Heimtali_vallavalitsus, lk 34
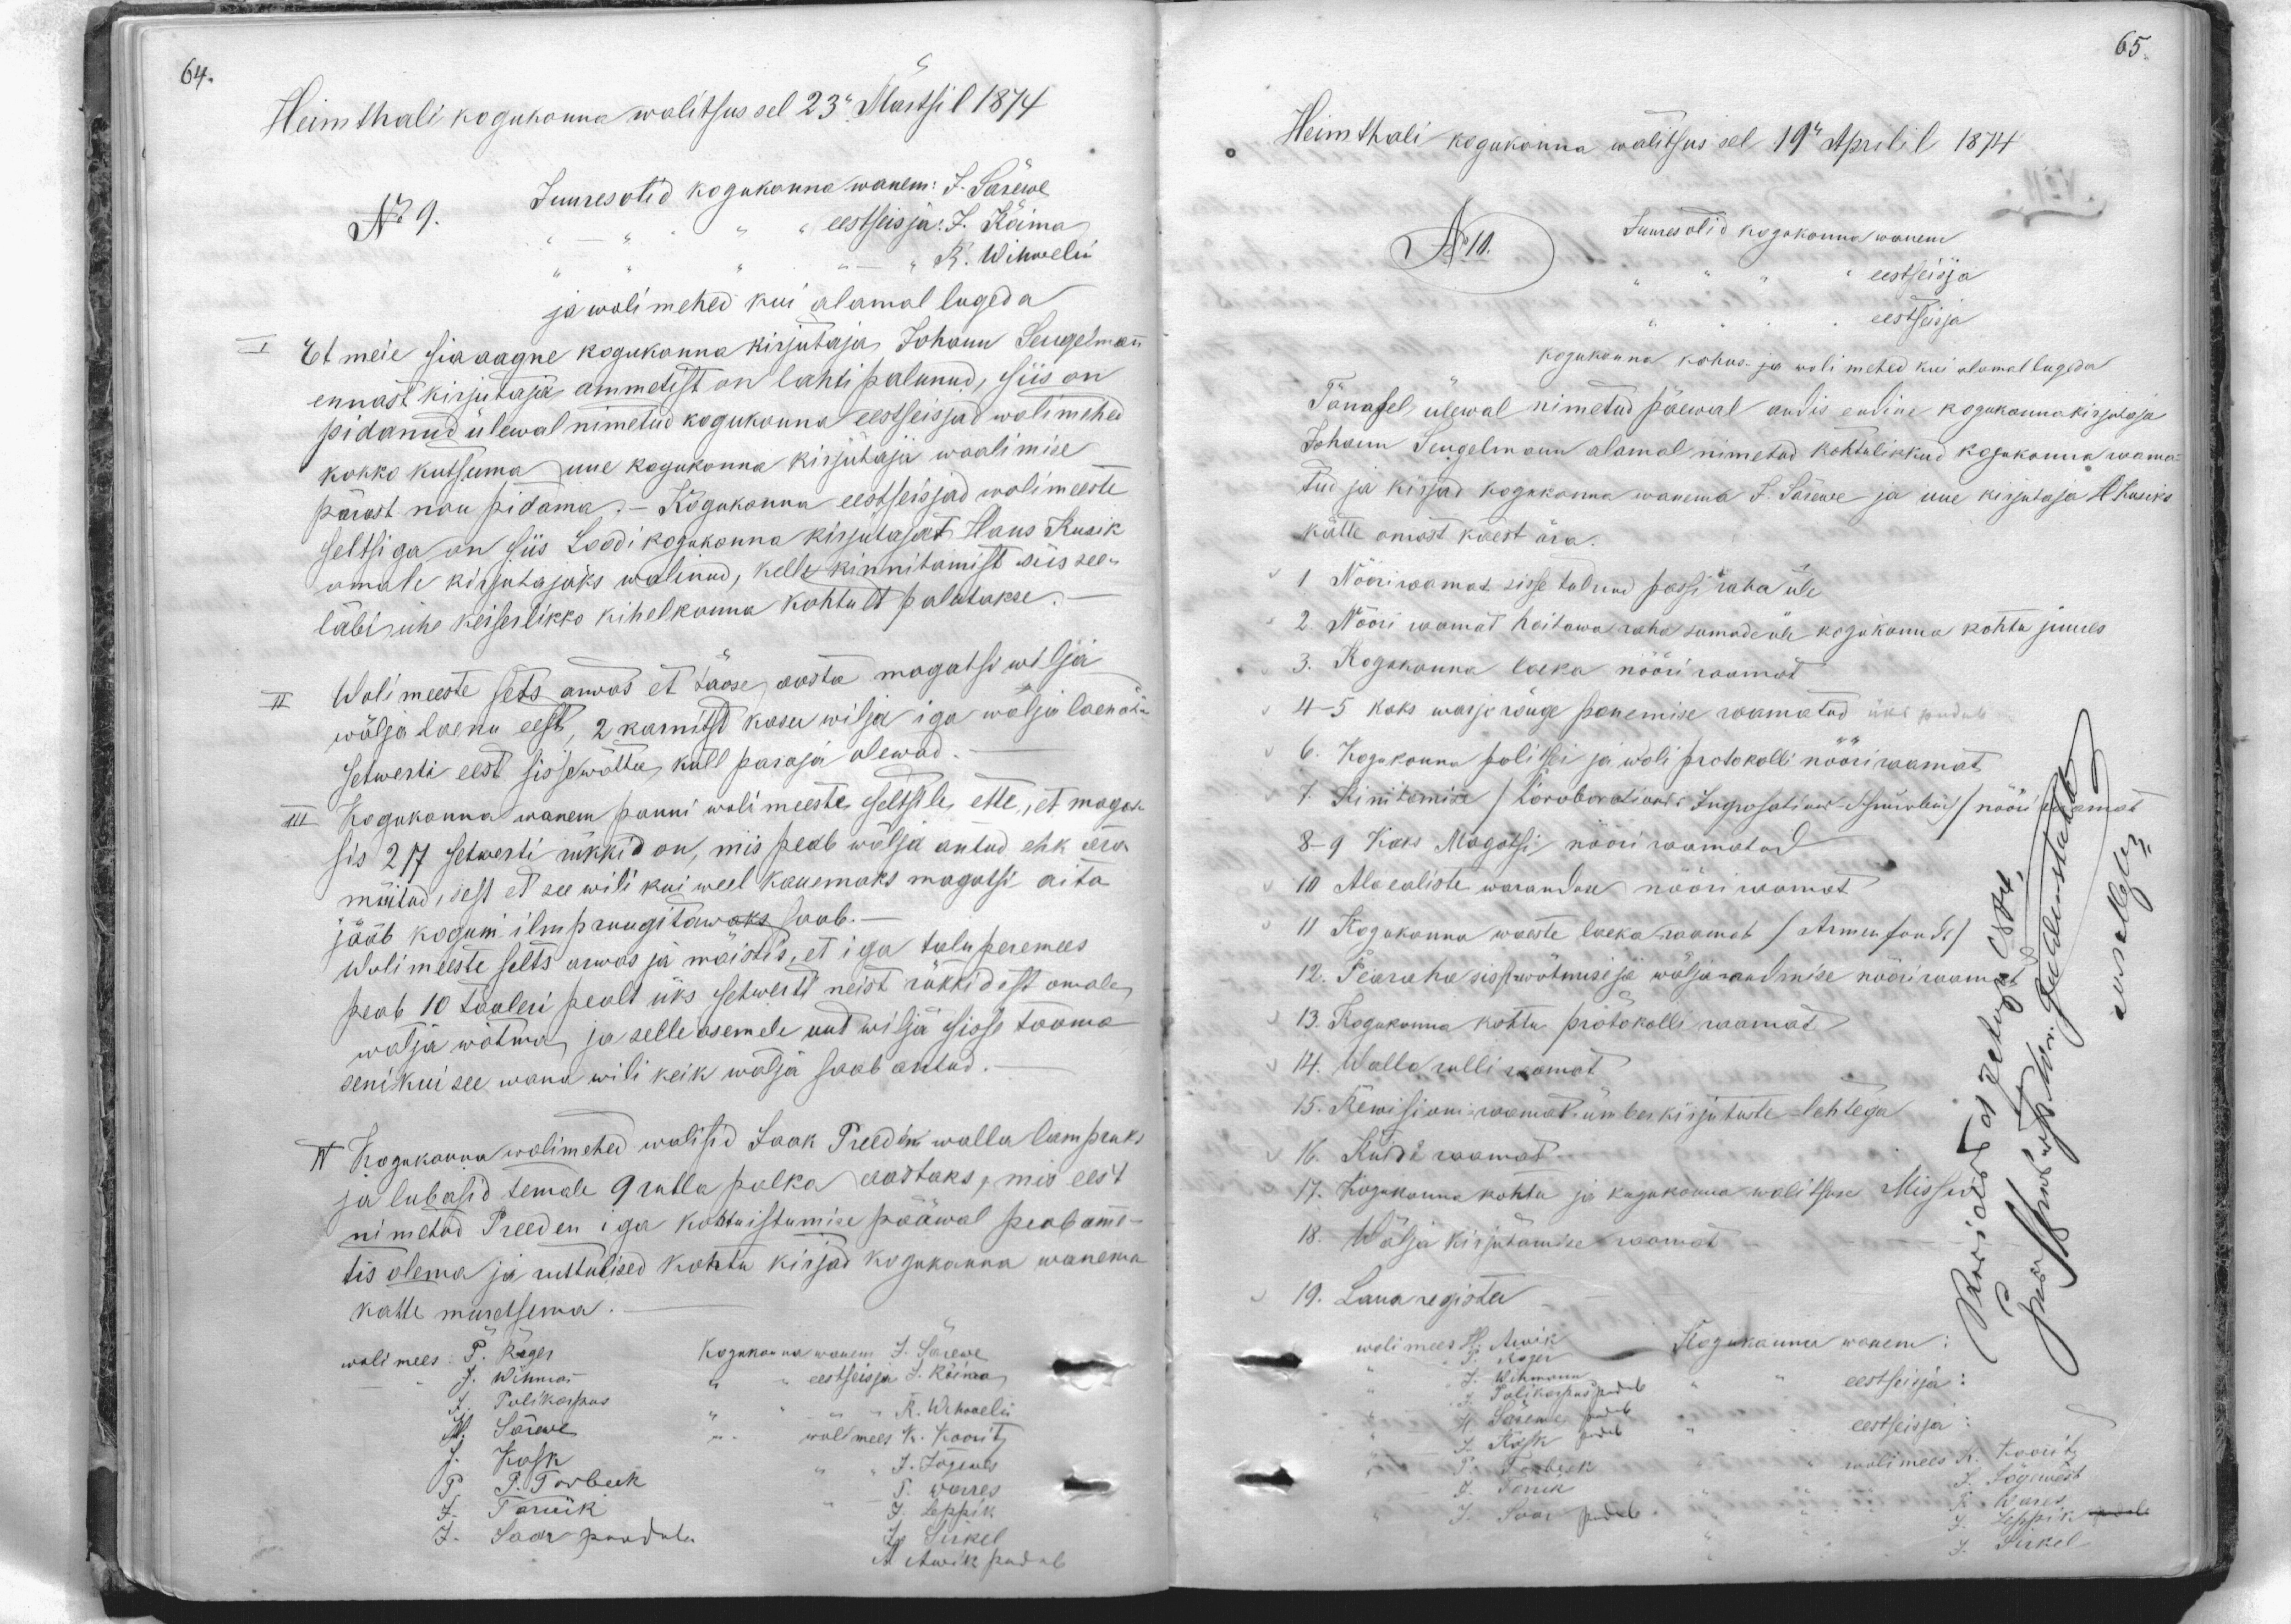
Heimthali kogukonna walitsus sel 23. Märtsi l 1874
No 9.
Juures olid kogukonna wanem: J. Särewe
eestseisja: J. Kõima
R. Wihwelin
ja wolimehed kui alamal lugeda
I Et meie sia aegne kogukonna kirjutaja, Johann Sengelman
ennast kirjutaja ammetist on lahti palunud, siis on
pidanud ülewal nimetud kogukonna eestseisjad wolimehed
kokko kutsuma uue kogukonna kirjutaja waalimise
pärast nou pidama. - Kogukonna eestseisjad wolimeeste
seltsiga on siis Loodi kogukonna kirjutajat Hans Rusik
omale kirjutajaks walinud, kelle kinnitamist siis see-
läbi ühe keiserlikko kihelkonna kohtult palutakse.
II Wolimeeste sets arwas et täose aasta magatsi wilja
wälja laenu eest, 2 karnitst kasu wilja iga wilja laena
setwerti eest sissewõttu, küll paraja olewad.
III Kogukonna wanem panni wolimeeste seltsile ette, et magat-
sis 217 setwerti rükkid on, mis peab wälja antud ehk ära
mütud, sest et see wili kui weel kauemaks magatsi aita
jääb koguni ilm pruugitawaks saab.
Wolimeeste selts arwas ja moistis, et iga talu peremees
peab 10 taaleri pealt üks setwerti neist rükkidest omale
wälja wõtma, ja selle asemele uut wilja sisse tooma
seni kui see wana wili keik wälja saab antud.
IV Kogukonna walimehed walisid Jaak Preedeni walla lampruk
ja lubasid temale 9 rubla palka aastaks, mis eest
nimetud Preeden iga kohtuistumise pääwal peab ame-
tis olema ja ruttulised kohtu kirjad kogukonna wanema
katte murdsema.
woli mees P. Roger
Kogukonna wanem J. Särewe
J. Wihma
eestseisja L. Kõima
J. Polikarpus
R. Wihaaeli
wollmees K. Koorit.
H. Särewe
J. Kask
J. Jõgenes
P. P. Torbeck
P. Warres
J. Tarrik
J. Leppik
J. Saar puudub
J. Sirkel
A. Awik pudub

Heimthali kogukonna walitsus sel 19 Aprilil 1874
No 11.
Juures olid kogokonna wanem
eestseisja
eestseisja
kogukonna kohus ja woli mehed kui alamal lugeda
Tänasel ülewal nimetud päewal andis endine kogukonna kirjutaja
Johann Sengelmann alamal nimetud kohtulikkud kogukonna raama-
tud ja kirjad kogokonna wanema J. Särewe ja uue kirjutaja H. Rusika
kätte omast käest ära.
1. Nööriraamat sisse tulnud passi raha üle
2. Nööriraamat hoitawa raha sumade üle kogukonna kohtu juures
3. Kogokonna laeka nööriraamat
4-5 kaks warjo rõuge panemise raamatud üks pudub
6. Kogokonna politsei ja woli protokolli nööriraamat
7. Kinitamise /Löroborotivaks-Ingrosatiwa/ sündis/ nööriraamat
8-9 Kaks Magatsi nööriraamatud
10 Ala ealiste waranduse nööriraamat
11 Kogokonna waeste laeka raamat /Armufondi/
12. Pearaha sissewõtmise ja wälja andmise nööriraamat
13. Kogukonna kohtu protokolli raamat
14. Walla rulli raamat
15. Rewisioni-raamat ümberkirjutuste-lehtega
16. Kulu raamat.
17. Kogukonna kohtu ja kogokonna walitsuse Missi
18. Wälja kirjutamise raamat
19. Laua register
wolimees H. Awik Kogukonna wanemer
P. Roger
J. Wihmann
J. Polikarpus pudub
eestseisja:
H Säreme pudub
eestseisja
J. Kask pudub
P. Torbeck
wolimees K. Koontz
J. Tarrik
J. Jõgewest
P. Wares
J. Saar pudub.
J. Leppik
J. Sirkel